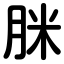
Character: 脒